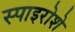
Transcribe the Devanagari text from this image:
स्पाइरोशे